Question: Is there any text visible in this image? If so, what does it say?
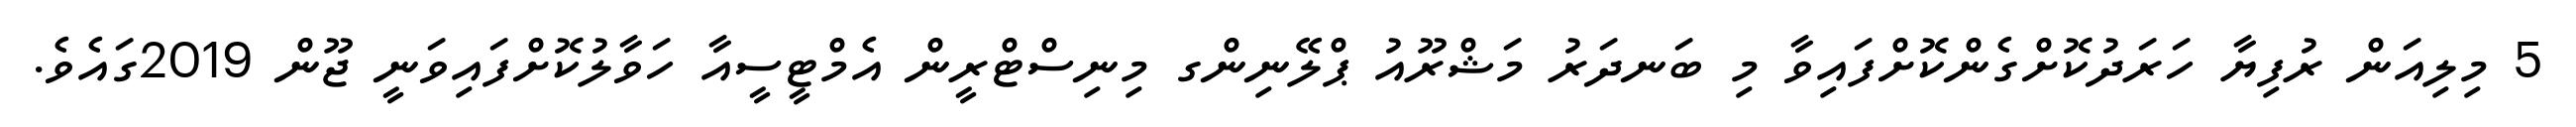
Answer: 5 މިލިއަން ރުފިޔާ ހަރަދުކޮށްގެންކޮށްފައިވާ މި ބަނދަރު މަޝްރޫއު ޕްލޭނިންގ މިނިސްޓްރީން އެމްޓީސީއާ ހަވާލުކޮށްފައިވަނީ ޖޫން 2019ގައެވެ.